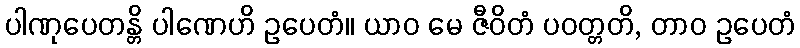
ပါဏုပေတန္တိ ပါဏေဟိ ဥပေတံ။ ယာဝ မေ ဇီဝိတံ ပဝတ္တတိ, တာဝ ဥပေတံ